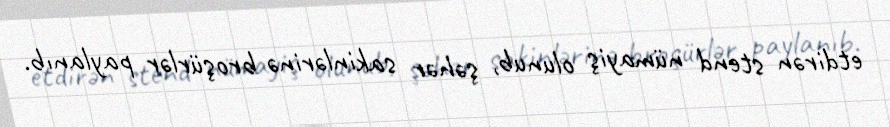
etdirən stend nümayiş olunub, şəhər sakinlərinə broşürlər paylanıb.